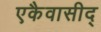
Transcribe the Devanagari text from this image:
एकैवासीद्